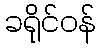
ခရိုင်ဝန်